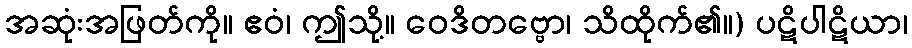
အဆုံးအဖြတ်ကို။ ဧဝံ၊ ဤသို့။ ဝေဒိတဗ္ဗော၊ သိထိုက်၏။) ပဋိပါဋိယာ၊